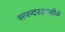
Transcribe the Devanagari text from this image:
सफदरअलीने